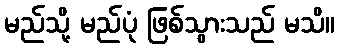
မည်သို့ မည်ပုံ ဖြစ်သွားသည် မသိ။